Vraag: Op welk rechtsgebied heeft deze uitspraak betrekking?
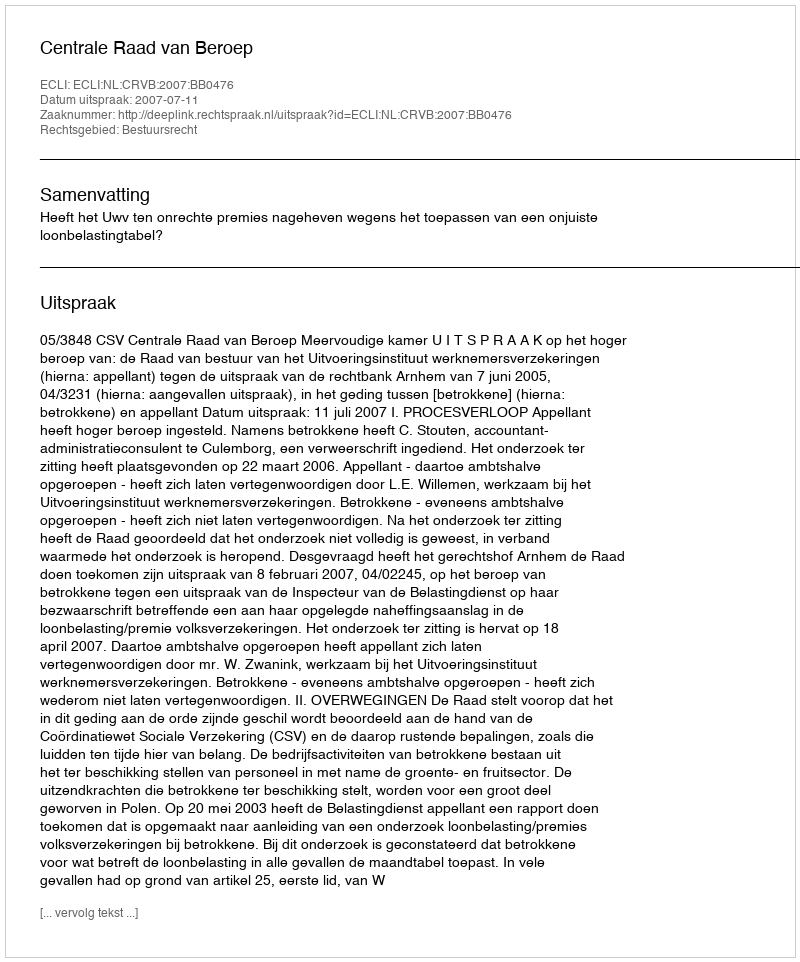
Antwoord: Bestuursrecht